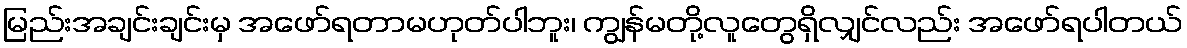
မြည်းအချင်းချင်းမှ အဖော်ရတာမဟုတ်ပါဘူး၊ ကျွန်မတို့လူတွေရှိလျှင်လည်း အဖော်ရပါတယ်